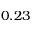
0 . 2 3